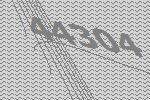
44304